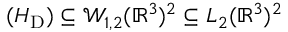
( H _ { \mathrm { D } } ) \subseteq \mathcal { W } _ { 1 , 2 } ( \mathbb { R } ^ { 3 } ) ^ { 2 } \subseteq L _ { 2 } ( \mathbb { R } ^ { 3 } ) ^ { 2 }